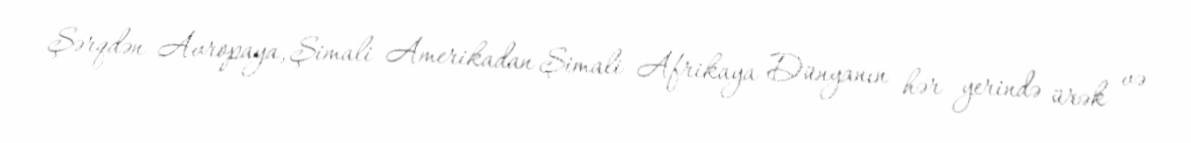
Şərqdən Avropaya, Şimali Amerikadan Şimali Afrikaya Dünyanın hər yerində ürək və